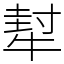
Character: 犎